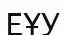
ЕҰУ